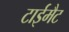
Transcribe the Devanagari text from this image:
टाईमैट